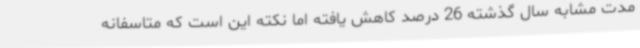
مدت مشابه سال گذشته 26 درصد کاهش یافته اما نکته این است که متاسفانه